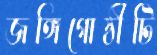
জঙ্গিগোষ্ঠীটি